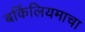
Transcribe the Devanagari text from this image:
बर्किलियमाचा